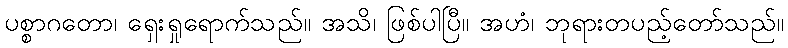
ပစ္စာဂတော၊ ရှေးရှုရောက်သည်။ အသိ၊ ဖြစ်ပါပြီ။ အဟံ၊ ဘုရားတပည့်တော်သည်။